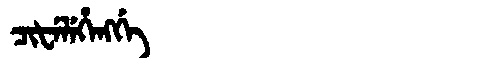
Manchu: ᠴᡳᡶᡝᠯᡝᡥᡝᠩᡤᡝ
Romanization: CIFELEHENGGE